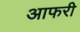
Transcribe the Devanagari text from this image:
आफरी